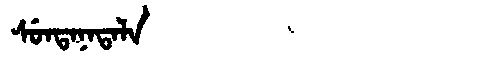
Manchu: ᠰᡠᠨᡨᠠᠨᠠᡨᠠᠯᠠ
Romanization: SUNTANATALA